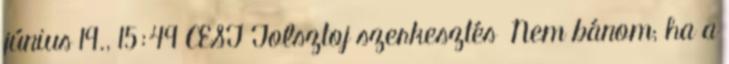
június 19., 15:49 CEST Tolsztoj szerkesztés Nem bánom; ha a